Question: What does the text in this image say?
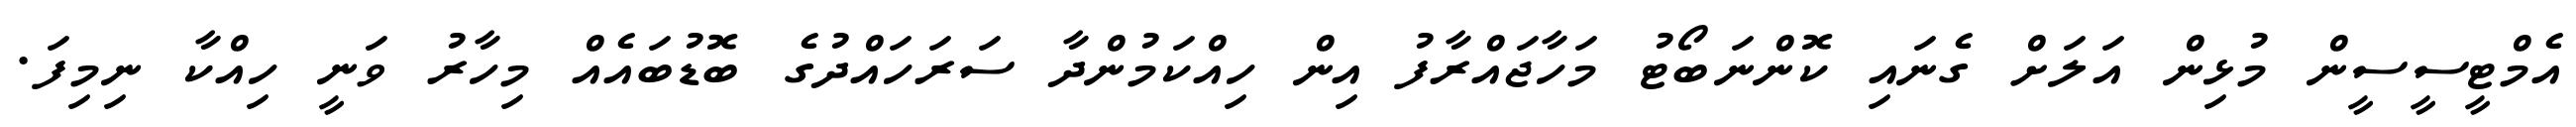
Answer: އެމްޓީސީސީން މުޅިން އަލަށް ގެނައި ކޮންނަބޯޓު މަހާޖައްރާފު އިން ހިއްކަމުންދާ ސަރަހައްދުގެ ބޮޑުބައެއް މިހާރު ވަނީ ހިއްކާ ނިމިފަ.